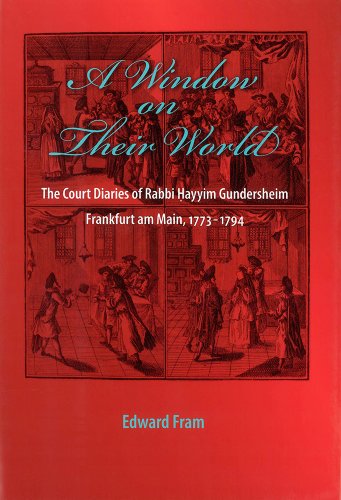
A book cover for A Window on Their World: The Court Diaries of Rabbi Hayyim Gundersheim Frankfurt am Main, 1773-1794 (Non-Series); Edward Fram; Law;